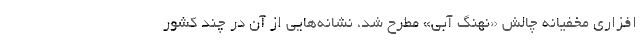
افزاری مخفیانه چالش «نهنگ آبی» مطرح شد، نشانه‌هایی از آن در چند کشور